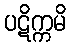
ပဋိက္ကမိ